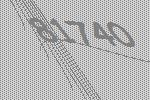
81740